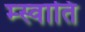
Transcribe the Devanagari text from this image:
म्स्वाति